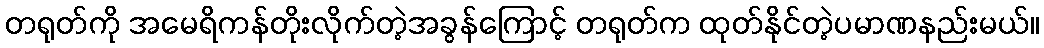
တရုတ်ကို အမေရိကန်တိုးလိုက်တဲ့အခွန်ကြောင့် တရုတ်က ထုတ်နိုင်တဲ့ပမာဏနည်းမယ်။